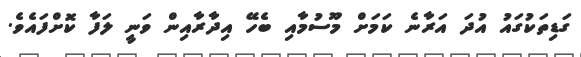
ގަޑިތަކުގައު އުދަަ އަރާނެ ކަމަށް މޫސުމާއި ބެހޭ އިދާރާއިން ވަނީ ލަފާ ކޮށްފައެވެ.